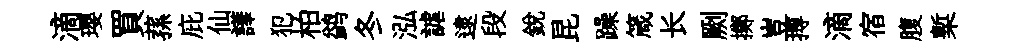
滴瓔買蓀庇仙譁犯柏鹢冬泓謔逮段銳昆躁箴长劂擲豈搏滴宿腹槧